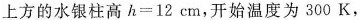
上方的水银柱高$$h=12cm$$，开始温度为300K，